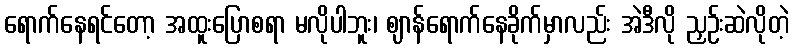
ရောက်နေရင်တော့ အထူးပြောစရာ မလိုပါဘူး၊ ဈာန်ရောက်နေခိုက်မှာလည်း အဲဒီလို ညှဉ်းဆဲလိုတဲ့